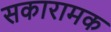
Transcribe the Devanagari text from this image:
सकारामक